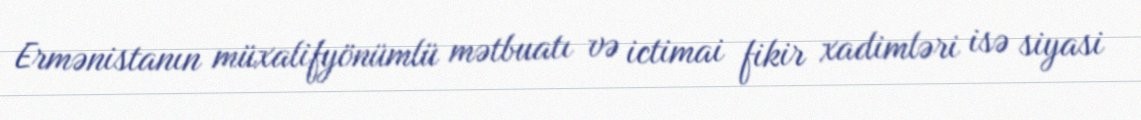
Ermənistanın müxalifyönümlü mətbuatı və ictimai fikir xadimləri isə siyasi